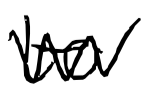
Text: to
Cross-out: mix
Writing tool: digital_black